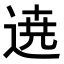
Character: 𮞚